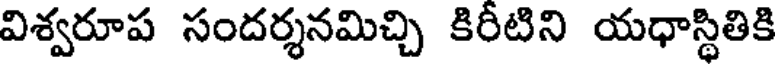
విశ్వరూప సందర్శనమిచ్చి కిరీటిని యధాస్థితికి